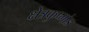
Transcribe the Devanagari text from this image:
क्षेत्रकुष्मांड